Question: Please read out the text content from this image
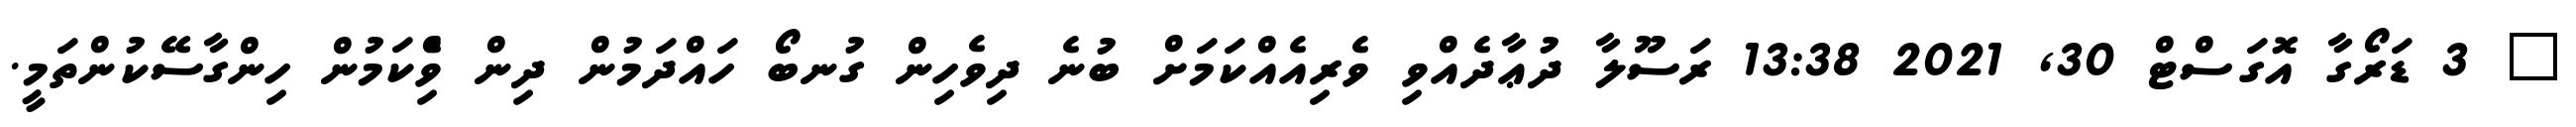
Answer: " 3 ޑަރޯގާ އޮގަސްޓް 30, 2021 13:38 ރަސޫލާ ދުޢާދެއްވި ވެރިއެއްކަމަށް ބުނެ ދިވެހިން ގުނބޯ ހައްދަމުން ދިން ވިެްކަމުން ހިންގާސޭކުންތަމީ.